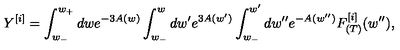
Y ^ { [ i ] } = \int _ { w _ { - } } ^ { w _ { + } } d w e ^ { - 3 A ( w ) } \int _ { w _ { - } } ^ { w } d w ^ { \prime } e ^ { 3 A ( w ^ { \prime } ) } \int _ { w _ { - } } ^ { w ^ { \prime } } d w ^ { \prime \prime } e ^ { - A ( w ^ { \prime \prime } ) } F _ { ( T ) } ^ { [ i ] } ( w ^ { \prime \prime } ) ,